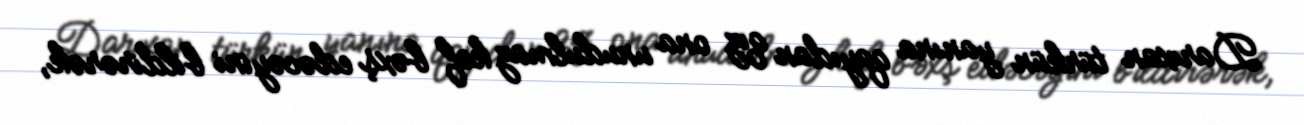
Darıxan türkün yanına qayıdan qız ona unudulmaz kef bəxş edəcəyini bildirərək,